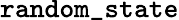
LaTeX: \mathtt{random\_ state}